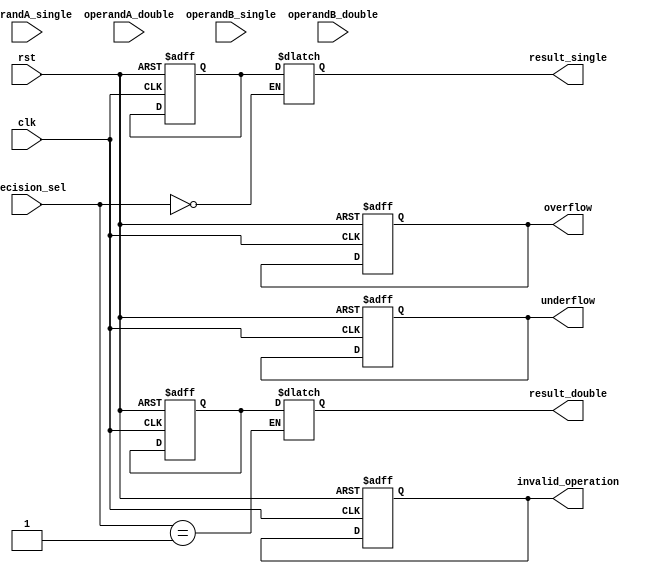
module MixedPrecisionFPUnit(
    input wire clk,
    input wire rst,
    input wire [1:0] precision_sel, // 00 for single precision, 01 for double precision
    input wire [31:0] operandA_single,
    input wire [63:0] operandA_double,
    input wire [31:0] operandB_single,
    input wire [63:0] operandB_double,
    output wire [31:0] result_single,
    output wire [63:0] result_double,
    output wire overflow,
    output wire underflow,
    output wire invalid_operation
);

reg [31:0] reg_operandA_single;
reg [63:0] reg_operandA_double;
reg [31:0] reg_operandB_single;
reg [63:0] reg_operandB_double;
reg [31:0] reg_result_single;
reg [63:0] reg_result_double;
reg overflow;
reg underflow;
reg invalid_operation;

always @(posedge clk or posedge rst) begin
    if (rst) begin
        reg_operandA_single <= 'd0;
        reg_operandA_double <= 'd0;
        reg_operandB_single <= 'd0;
        reg_operandB_double <= 'd0;
        reg_result_single <= 'd0;
        reg_result_double <= 'd0;
        overflow <= 1'b0;
        underflow <= 1'b0;
        invalid_operation <= 1'b0;
    end else begin
        case (precision_sel)
            2'b00: begin // Single precision arithmetic operations
                reg_operandA_single <= operandA_single;
                reg_operandB_single <= operandB_single;
                // Perform single precision arithmetic operations
                // Add code for single precision arithmetic operations here
                // Handle underflow, overflow, and invalid operations
            end
            2'b01: begin // Double precision arithmetic operations
                reg_operandA_double <= operandA_double;
                reg_operandB_double <= operandB_double;
                // Perform double precision arithmetic operations
                // Add code for double precision arithmetic operations here
                // Handle underflow, overflow, and invalid operations
            end
        endcase
    end
end

always @* begin
    case (precision_sel)
        2'b00: result_single = reg_result_single;
        2'b01: result_double = reg_result_double;
    endcase
end

endmodule